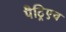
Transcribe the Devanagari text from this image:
पैट्रिएच